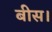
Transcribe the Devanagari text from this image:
बीस।